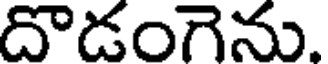
దొడంగెను.